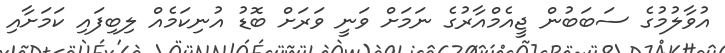
އުވާލުމުގެ ސަބަބުން ޖީއެމްއާރުގެ ނަމަށް ވަނީ ވަރަށް ބޮޑު އުނިކަމެއް ލިބިފައި ކަމަށާއި